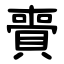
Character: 賷